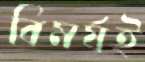
বিমর্ষই